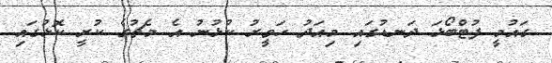
ގައުމީ ފުޓްބޯޅަ ދަނޑުގައި މިއަދު ހަވީރު ކުޅުނު އެ މެޗުގެ ކުރީ ކޮޅުގައި